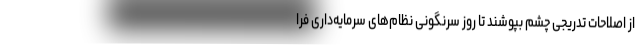
از اصلاحات تدریجی چشم بپوشند تا روز سرنگونی نظام‌های سرمایه‌داری فرا